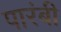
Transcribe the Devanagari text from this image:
पारंबी